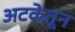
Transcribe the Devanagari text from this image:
अटकेतून